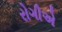
રોગીએ